Report of the King Institute of Preventive Medicine, Guindy
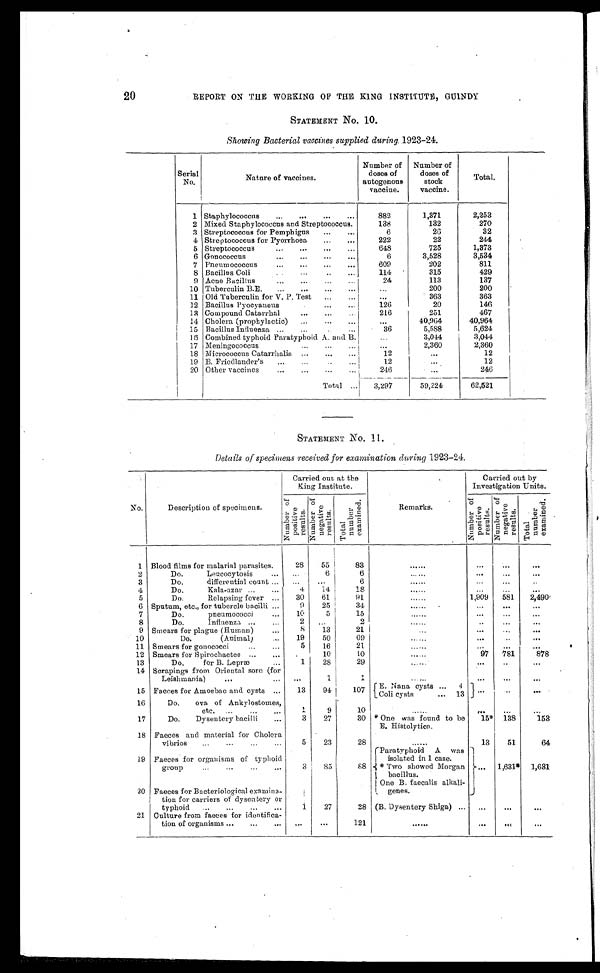
20
REPORT ON THE WORKING OF THE KING INSTITUTE, GUINDY
STATEMENT No. 10.
Showing Bacterial vaccines supplied during 1923-24.
Serial
No.
Nature of vaccines.
Number of
doses of
autogenons
vaccine.
Number of
doses of
stock
vaccine.
Total.
1 Staphylococcus . . .
882
1,371
2,253
2 Mixed Staphylococcus and Streptococcus. . . .
138
132
270
3 Streptococcus for Pemphigus . . .
6
26
32
4 Streptococcus for Pyorrhoea . . .
222
22
244
5 Streptococcus . . .
648
725
1,373
6 Gonococcus . . .
6
3,528
3,534
7 Pneumococcus . . .
609
202
811
8 Bacillus Coli . . .
114
315
429
9 Acne Bacillus . . .
24
113
137
10 Tuberculin B.E. . . .
. . .
200
200
11 Old Tuberculin for V. P. Test . . .
. . .
363
363
12 Bacillus Pyocyaneus . . .
126
20
146
13 Compound Catarrhal . . .
216
251
467
14 Cholera (prophylactic) . . .
. . . 40,964
40,964
15 Bacillus Influenza . . .
36
5,588
5,624
16 Combined typhoid Paratyphoid A. and B. . . .
. . .
3,044
3,044
17 Meningococcus . . .
. . .
2,360
2,360
18 Micrococcus Catarrhalis . . .
12
. . .
12
19 B. Friedlander's . . .
12
. . .
12
20 Other vaccines . . .
246
. . .
246
Total . . .
3,297
59,224
62,521
STATEMENT No. 11.
Details of specimens received for examination during 1923-24.
No.
Description of specimens.
Carried out at the
King Institute.
.
R e ma r k s .
Carried out by
Investigation Units.
N u m b e r o f n e g a t i v e r e s u l t s .
To t a l n u mb e r e x a mi n e d .
N u m b e r o f p o s i t i v e r e s u l t s .
T o t a l n u m b e r e x a m i n e d .
N u m b e r o f p o s i t i v e r e s u l t s .
N u m b e r o f n e g a t i v e r e s u l t s .
1 Blood films for malarial parasites . . .
28
55
83
. . . . . .
. . .
. . .
2
Do. Lencocytosis . . .
. . .
6
6
. . ..
. .
. . .
. . .
3
Do. differential count . . .
. . .
. . .
6
. . ..
. .
. . .
. . .
4
Do Kala-azar . . ..
4
14
18
. . .
. . .
. . .
. . .
5
Do. Relapsing fever . . .
30
61
91
. . .
1,909
581
2,490
6 Sputum, etc., for tubercle bacilli . . ..
9
25
34
. . . . . .
. . .
. . .
7
Do pneumococci . . .
10
5
15
. . ..
. .
. . .
. . .
8
Do Influenza . . .
2
. . .
2
. . . . . .
. . .
. . .
9 Smears for plague (Human) . . .
8
13
21 . . .
. . .
. . .
. . .
10
Do. (Animal) . . .
19
50
69
. . . . . .
. . .
. . .
11 Smears for gonococci . . ..
5
16
21
. . . . . .
. . .
. . .
12 Smears for Spirochaetes . . .
. . .
10
10
. . .
97
781
878
13
Do. for B. Lepræ . . .
1
28
29
. . .
. . .
. . .
. . .
14 Scrapings from Oriental sore (for
Leishmania) . . .
. . .
1
1
. . .
. . .
. . .
. . .
15 Faeces for Amoebae and cysts . . .
13
94
107
E. Nana cysts . . . 4 . . .
. . .
. . .
L. Coli cysts . .. 1 3
16
Do. ova of Ankylostomes,
e t c . . . .
1
9
10
. . .
. . .
. . .
. . .
17
Do. Dysentery bacilli . . .
3
27
30 *One was found to be
E. Histolytica.
15* 138
153
18 Faeces and material for Cholera
vibrios . . .
5
23
28
. . .
13
51
64
19 Faeces for organisms of typhoid
group . . .
3
85
88
Paratyphoid A was
isolated in 1 case.
. . .
1,631* 1,631
* Two showed Morgan
b a c i l l u s .
One B. faecalis alkali-
genes.
2 0
Faeces for Bacteriological examina-
tion for carriers of dysentery or
typhoid . . .
1
27
28
. . .
. . .
. . .
(B. Dysentery Shiga) . . .
21 Culture from faeces for identifica -
tion of organisms . . .
. . .
. . .
121
. . .
. . .
. . .
. . .